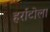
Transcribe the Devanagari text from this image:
हर्राटोला